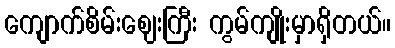
ကျောက်စိမ်းဈေးကြီး ကွမ်ကျိုးမှာရှိတယ်။